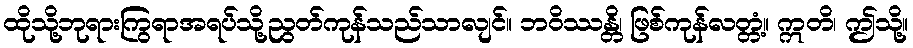
ထိုသို့ဘုရားကြွရာအရပ်သို့ညွတ်ကုန်သည်သာလျင်။ ဘဝိဿန္တိ၊ ဖြစ်ကုန်လတ္တံ့။ ဣတိ၊ ဤသို့။